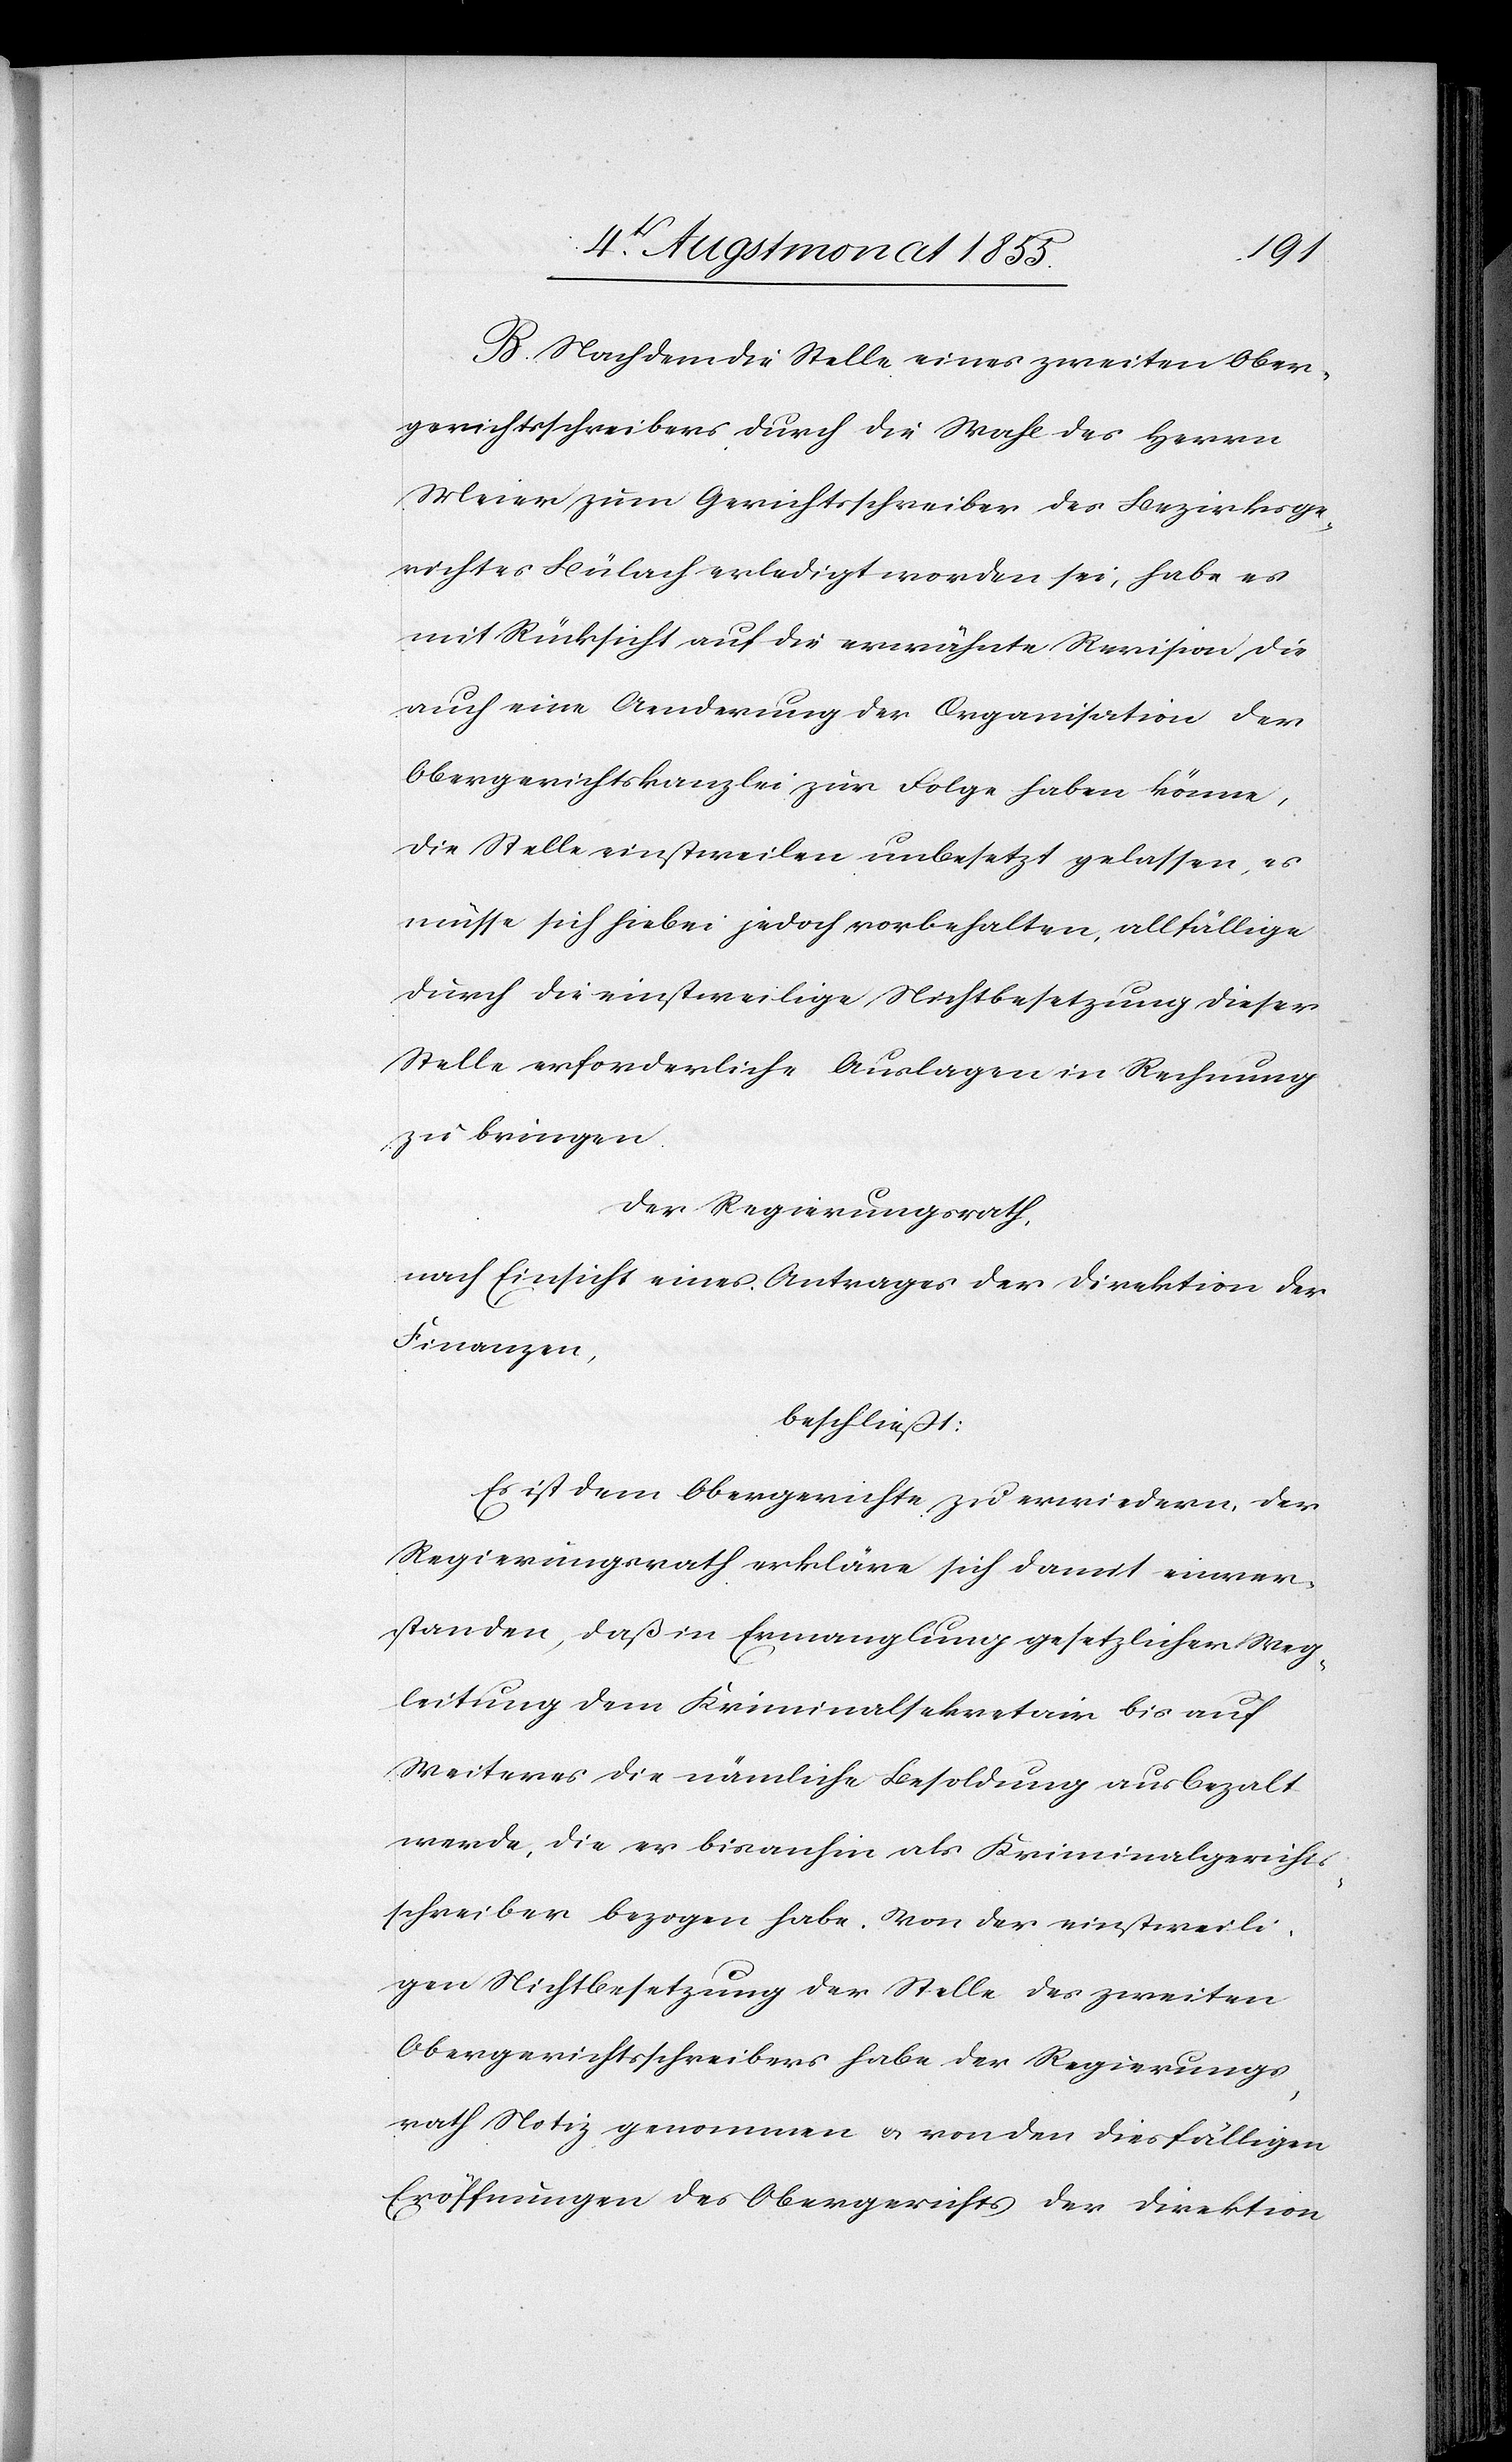
B. Nachdem die Stelle eines zweiten Ober¬
gerichtsschreibers durch die Wahl des Herrn
Meier zum Gerichtsschreiber des Bezirksge¬
richtes Bülach erledigt worden sei, habe es
mit Rücksicht auf die erwähnte Revision die
auch eine Aenderung der Organisation der
Obergerichtskanzlei zur Folge haben könne,
die Stelle einstweilen unbesetzt gelassen, es
müsse sich hiebei jedoch vorbehalten, allfällige
durch die einstweilige Nichtbesetzung dieser
Stelle erforderliche Auslagen in Rechnung
zu bringen.
Der Regierungsrath,
nach Einsicht eines Antrages der Direktion der
Finanzen,
beschließt:
Es ist dem Obergerichte zu erwiedern, der
Regierungsrath erkläre sich damit einver¬
standen, daß in Ermanglung gesetzlicher Weg¬
leitung dem Kriminalsekretair bis auf
Weiteres die nämliche Besoldung ausbezalt
werde, die er bisanhin als Kriminalgerichts¬
schreiber bezogen habe. Von der einstweili¬
gen Nichtbesetzung der Stelle des zweiten
Obergerichtsschreibers habe der Regierungs¬
rath Notiz genommen & von den diesfälligen
Eröffnungen des Obergerichts der Direktion